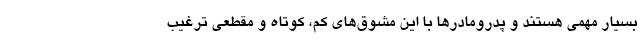
بسیار مهمی هستند و پدرومادرها با این مشوق‌های کم، کوتاه و مقطعی ترغیب